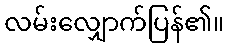
လမ်းလျှောက်ပြန်၏။